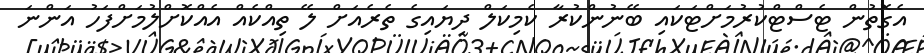
އެގޮތުން ޓެސްޓްކުރުމަށްޓަކައި ބޭނުންކުރާ ކެމިކަލް ދިޔައިގެ ތެރެއަށް ލޭ ތިއްކެއް އެއްކޮށްލުމަށްފަހު އަންނަ